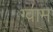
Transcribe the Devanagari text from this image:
ग्वाम